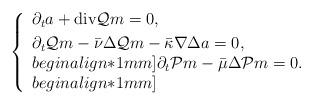
LaTeX: \begin{align*}\left\{\begin{array}{l}\partial_{t}a+\mathrm{div} \mathcal{Q}m=0,\\ [1mm] \partial_{t}\mathcal{Q}m-\bar{\nu}\Delta \mathcal{Q}m-\bar{\kappa}\nabla\Delta a=0,\\begin{align*}1mm]\partial_{t}\mathcal{P}m-\bar{\mu}\Delta \mathcal{P}m =0.\\begin{align*}1mm] \end{array} \right.\end{align*}